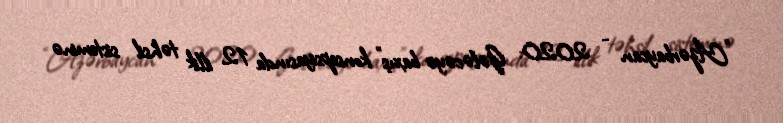
“Azərbaycan - 2020: Gələcəyə baxış" konsepsiyasında 12 illik təhsil sisteminə